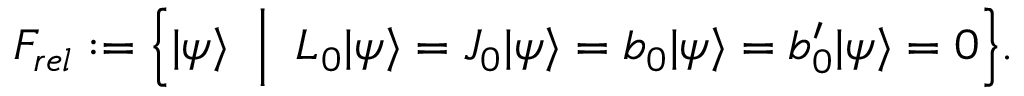
F _ { r e l } : = \Big \{ | \psi \rangle \; \; \Big | \; \; L _ { 0 } | \psi \rangle = J _ { 0 } | \psi \rangle = b _ { 0 } | \psi \rangle = b _ { 0 } ^ { \prime } | \psi \rangle = 0 \Big \} .